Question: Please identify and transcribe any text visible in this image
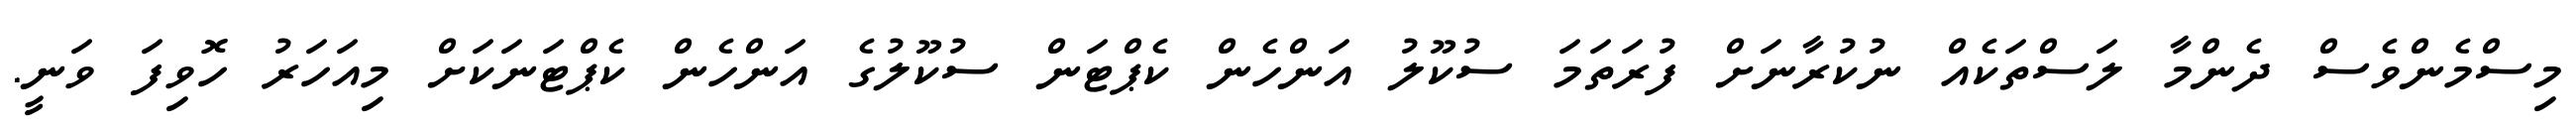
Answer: މިސްމެންވެސް ދެންމާ ލަސްތަކެއް ނުކުރާނަށް ފުރަތަމަ ސުކޫލު އަންހެން ކެޕްޓަން ސުކޫލުގެ އަންހެން ކެޕްޓަނަކަށް މިއަހަރު ހޮވިފަ ވަނީ.